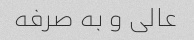
عالی و به صرفه